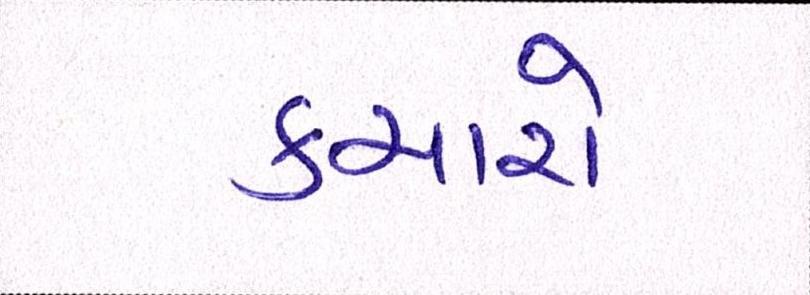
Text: કચારો